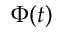
\Phi ( t )